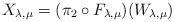
LaTeX: \begin{align*}X_{\lambda,\mu}=(\pi_2\circ F_{\lambda,\mu})(W_{\lambda,\mu})\end{align*}